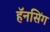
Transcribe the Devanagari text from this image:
हॅनसिंग